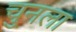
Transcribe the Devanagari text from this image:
चुनला